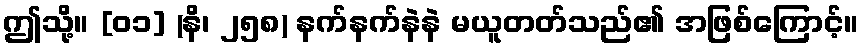
ဤသို့။ [၀၁] (နိ၊ ၂၅၈) နက်နက်နဲနဲ မယူတတ်သည်၏ အဖြစ်ကြောင့်။